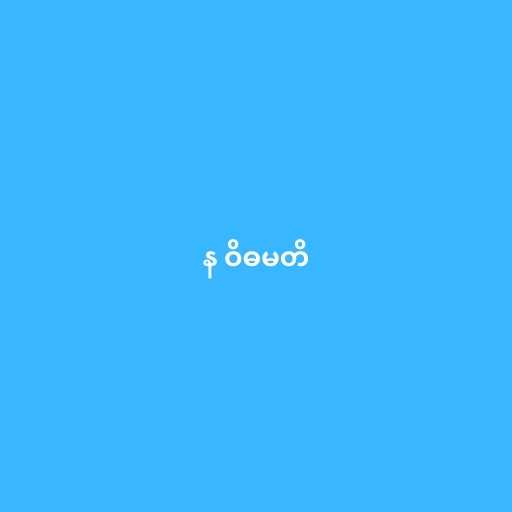
န ဝိဓမတိ